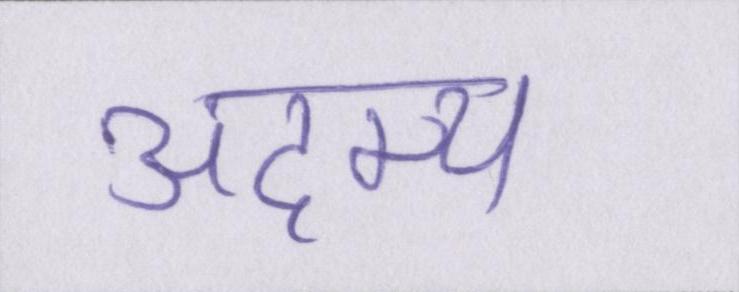
अदम्य